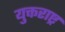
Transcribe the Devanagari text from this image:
युक्तराष्ट्र